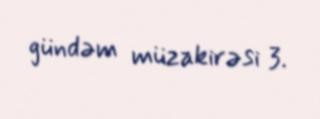
gündəm müzakirəsi 3.